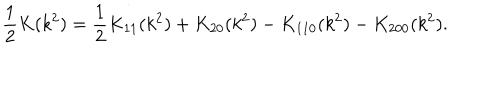
\frac { 1 } { 2 } K ( k ^ { 2 } ) = \frac { 1 } { 2 } K _ { 1 1 } ( k ^ { 2 } ) + K _ { 2 0 } ( k ^ { 2 } ) - K _ { 1 1 0 } ( k ^ { 2 } ) - K _ { 2 0 0 } ( k ^ { 2 } ) .